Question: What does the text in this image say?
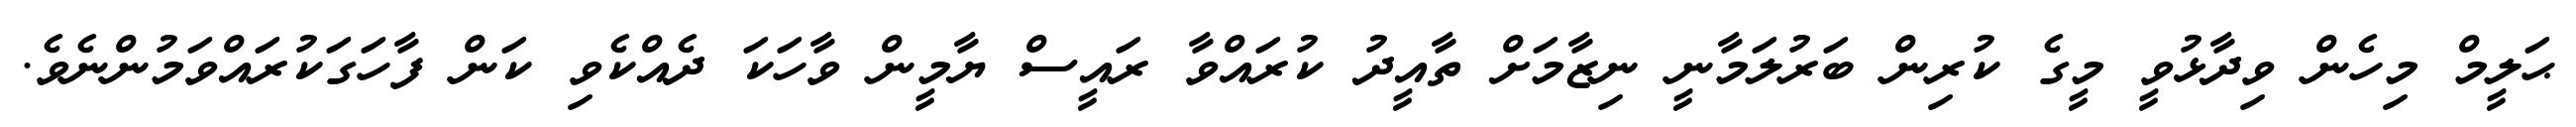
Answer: ޙަލީމް މިހެން ވިދާޅުވީ މީގެ ކުރިން ބަރުލަމާނީ ނިޒާމަށް ތާއީދު ކުރައްވާ ރައީސް ޔާމީން ވާހަކަ ދެއްކެވި ކަން ފާހަގަކުރައްވަމުންނެވެ.